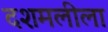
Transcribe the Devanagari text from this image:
दशमलीला